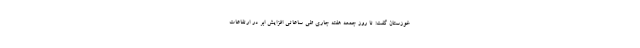
خوزستان گفت: تا روز جمعه هفته جاری طی ساعاتی افزایش ابر در ارتفاعات